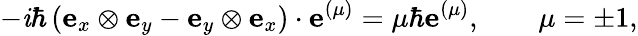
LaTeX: -\mathit{i}\hbar\left(\mathbf{{e}}_{x}\otimes\mathbf{{e}}_{y}-\mathbf{{e}}_{y}\otimes\mathbf{{e}}_{x}\right)\cdot\mathbf{{e}}^{(\mu)}=\mu\hbar\mathbf{{e}}^{(\mu)},\qquad\mu=\pm1,